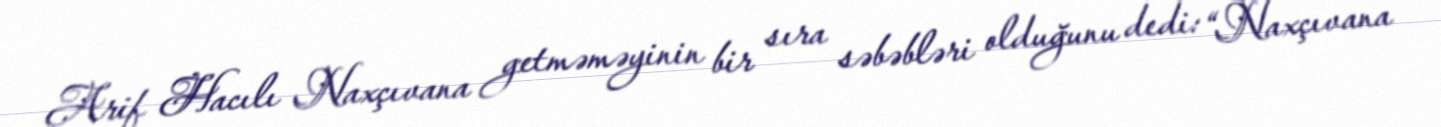
Arif Hacılı Naxçıvana getməməyinin bir sıra səbəbləri olduğunu dedi: “Naxçıvana